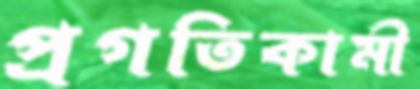
প্রগতিকামী